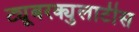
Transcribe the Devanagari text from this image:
ट्यूबरक्युलाटीस